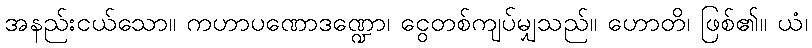
အနည်းငယ်သော။ ကဟာပဏောဒဏ္ဍော၊ ငွေတစ်ကျပ်မျှသည်။ ဟောတိ၊ ဖြစ်၏။ ယံ၊